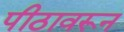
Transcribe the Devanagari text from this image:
पीठावरून